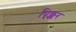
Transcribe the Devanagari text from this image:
पिक्कर